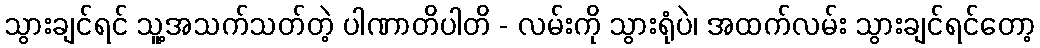
သွားချင်ရင် သူ့အသက်သတ်တဲ့ ပါဏာတိပါတိ - လမ်းကို သွားရုံပဲ၊ အထက်လမ်း သွားချင်ရင်တော့